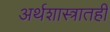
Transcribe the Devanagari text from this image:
अर्थशास्त्रातही